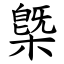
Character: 槩